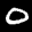
Label: 0